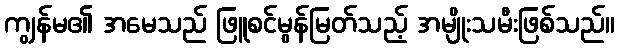
ကျွန်မ၏ အမေသည် ဖြူစင်မွန်မြတ်သည့် အမျိုးသမီးဖြစ်သည်။